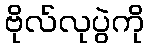
ဗိုလ်လုပွဲကို